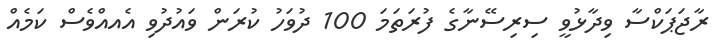
ރާޖަޕަކްސާ ވިދާޅުވީ ސިރިސޭނާގެ ފުރަތަމަ 100 ދުވަހު ކުރަން ވައުދުވި އެއއްވެސް ކަމެއް